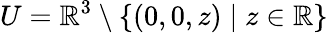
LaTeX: U=\mathbb{R}^{3}\setminus\{ (0,0,z)\mid z\in\mathbb{R}\}